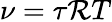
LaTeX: \nu=\tau\mathcal{R}T